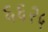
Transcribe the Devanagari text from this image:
६६२५